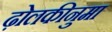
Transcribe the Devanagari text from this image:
ढ़ोलकीनुमा